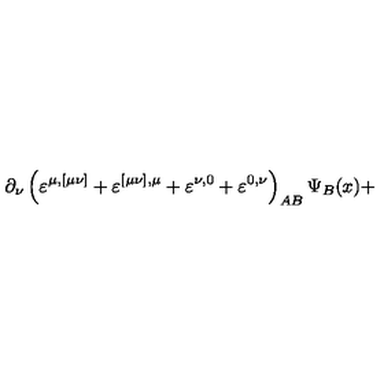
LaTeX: \partial _ { \nu } \left( \varepsilon ^ { \mu , [ \mu \nu ] } + \varepsilon ^ { [ \mu \nu ] , \mu } + \varepsilon ^ { \nu , 0 } + \varepsilon ^ { 0 , \nu } \right) _ { A B } \Psi _ { B } ( x ) +